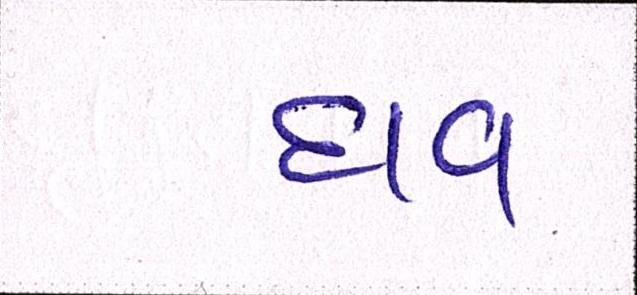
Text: દાવ